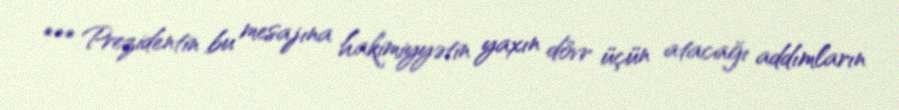
*** Prezidentin bu mesajına hakimiyyətin yaxın dövr üçün atacağı addımların